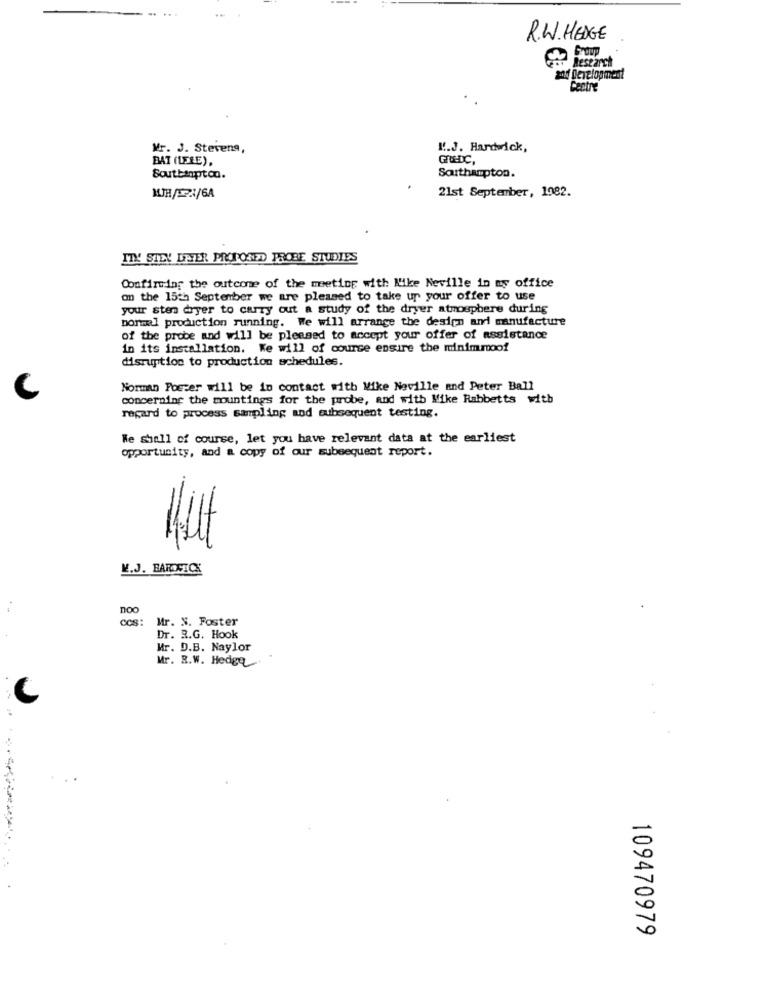
R.W.HEDGE
Research
and Development
Centre
Mr. J. Stevens,
K !. J. Hardwick,
BAT (LEEE),
GRUEDC,
Southampton.
Southampton.
21st September, 1982.
WIR /5721/6A
MIX SALY DESER PROPONED PROBE STUDIES
Confirming the outcome of the meeting with like Neville in my office
on the 15th September we are pleased to take up your offer to use
your sten dryer to carry out a study of the dryer atmosphere during
bonmal production running. We will arrange the design and manufacture
of the probe and will be pleased to accept your offer of assistance
in its installation. We will of course ensure the minimmoof
disruption to production schedules.
Norman Foster will be in contact with Mike Neville and Peter Ball
concerning the mountings for the probe, and with Mike Rabbetts with
regard to process sampling and subsequent testing.
We shall of course, let you have relevant data at the earliest
opportunity, and a copy of our subsequent report.
¥.J. BARONICK
noo
cos:
Mr. N. Foster
Dr. R.G. Hook
Mr. D.B. Naylor
Mr. R.W. Hedge
109470979